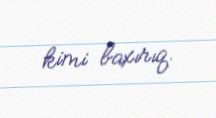
kimi baxırıq.